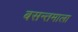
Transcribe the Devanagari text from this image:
बसन्तमाला